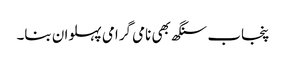
پنجاب سنگھ بھی نامی گرامی پہلوان بنا۔